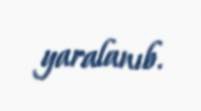
yaralanıb.